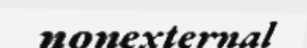
nonexternal